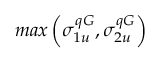
m a x \left( \sigma _ { 1 u } ^ { q G } , \sigma _ { 2 u } ^ { q G } \right)